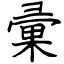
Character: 彚